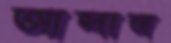
আন্দাজ